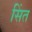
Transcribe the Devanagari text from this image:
सिंत